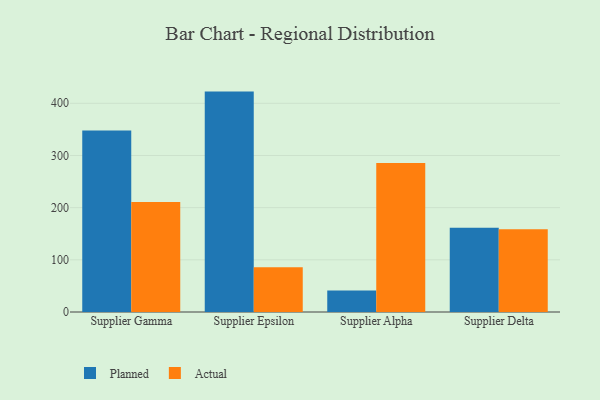
{"axis": {"x": "Supplier", "y": "Operating Costs (USD K)"}, "legend": ["Actual", "Planned"], "data": [{"x": "Supplier Gamma", "y": 347.9, "type": "Planned"}, {"x": "Supplier Gamma", "y": 210.8, "type": "Actual"}, {"x": "Supplier Epsilon", "y": 422.4, "type": "Planned"}, {"x": "Supplier Epsilon", "y": 85.7, "type": "Actual"}, {"x": "Supplier Alpha", "y": 41.3, "type": "Planned"}, {"x": "Supplier Alpha", "y": 285.7, "type": "Actual"}, {"x": "Supplier Delta", "y": 161.6, "type": "Planned"}, {"x": "Supplier Delta", "y": 158.5, "type": "Actual"}]}